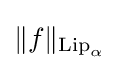
\|f\|_{{\rm {Lip}}_{\alpha }}